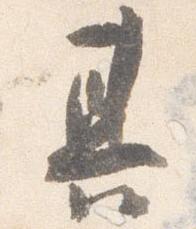
其